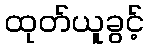
ထုတ်ယူခွင့်